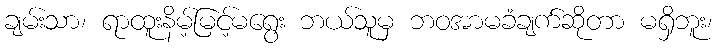
ချမ်းသာ၊ ရာထူးနိမ့်မြင့်မရွေး ဘယ်သူမှ ဘဝအာမခံချက်ဆိုတာ မရှိဘူး၊